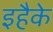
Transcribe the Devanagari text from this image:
इहैके